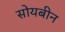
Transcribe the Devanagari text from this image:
सोयबीन